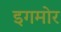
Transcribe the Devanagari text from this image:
इगमोर